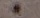
-